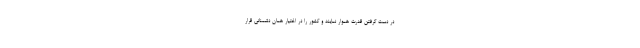
در دست گرفتن قدرت هموار نمایند و کشور را در اختیار همان دشمنانی قرار